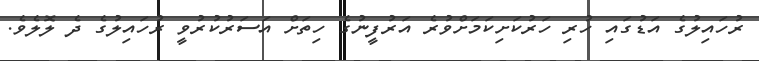
ރުހައިލުގެ އަޑުގައި ހުރި ހަރުކަށިކަމަށްވުރެ އަރުފީނުގެ ހިތަށް އަސަރުކުރުވީ ރުހައިލުގެ ދެ ލޮލެވެ.